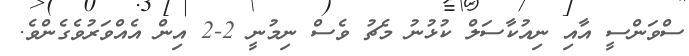
ސްވަންސީ އާއި ނިއުކާސަލް ކުޅުނު މެޗު ވެސް ނިމުނީ 2-2 އިން އެއްވަރުވެގެންވެ.